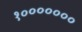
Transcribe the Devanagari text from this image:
१०००००००